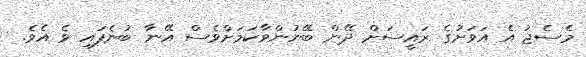
މެސެޖު އެ އަވަށުގެ ރައީސަށް ދޭން ބޭނުންވާކަމަށްވެސް އޭނާ ބުނެފައި ވެ އެވެ.